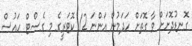
ގޮނޑުދޮށަށް ވާ ގޮތަށް ހަދަމުން އަންނަ 12 ކޮޓަރީގެ މި ގެސްޓް ހައުސް